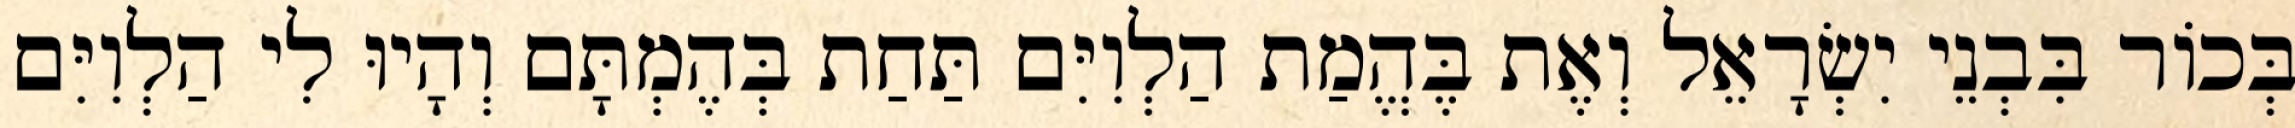
בְּכוֹר בִּבְנֵי יִשְׂרָאֵל וְאֶת בֶּהֱמַת הַלְוִיִּם תַּחַת בְּהֶמְתָּם וְהָיוּ לִי הַלְוִיִּם